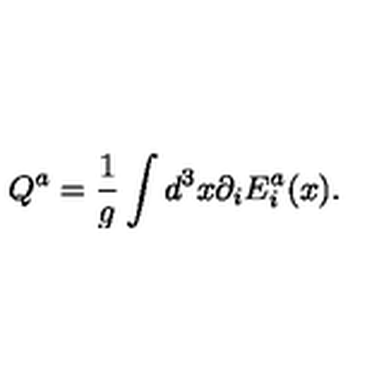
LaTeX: Q ^ { a } = \frac 1 { g } \int d ^ { 3 } x \partial _ { i } E _ { i } ^ { a } ( x ) .